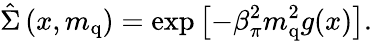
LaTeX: \hat{\Sigma}\left(x,m_{\mathrm{q}}\right)=\exp{\left[-\beta_{\pi}^{2}m_{\mathrm{q}}^{2}g(x)\right]}.